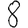
Digit: 8